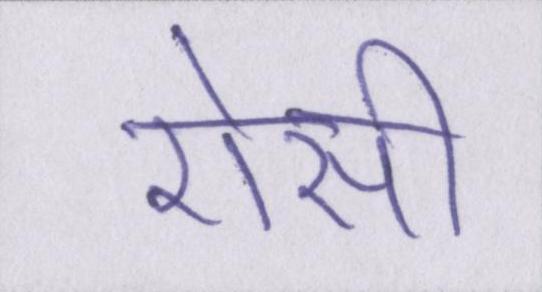
ऐसी